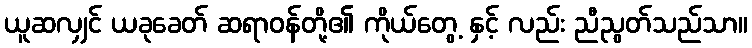
ယူဆလျှင် ယခုခေတ် ဆရာဝန်တို့၏ ကိုယ်တွေ့ နှင့် လည်း ညီညွတ်သည်သာ။